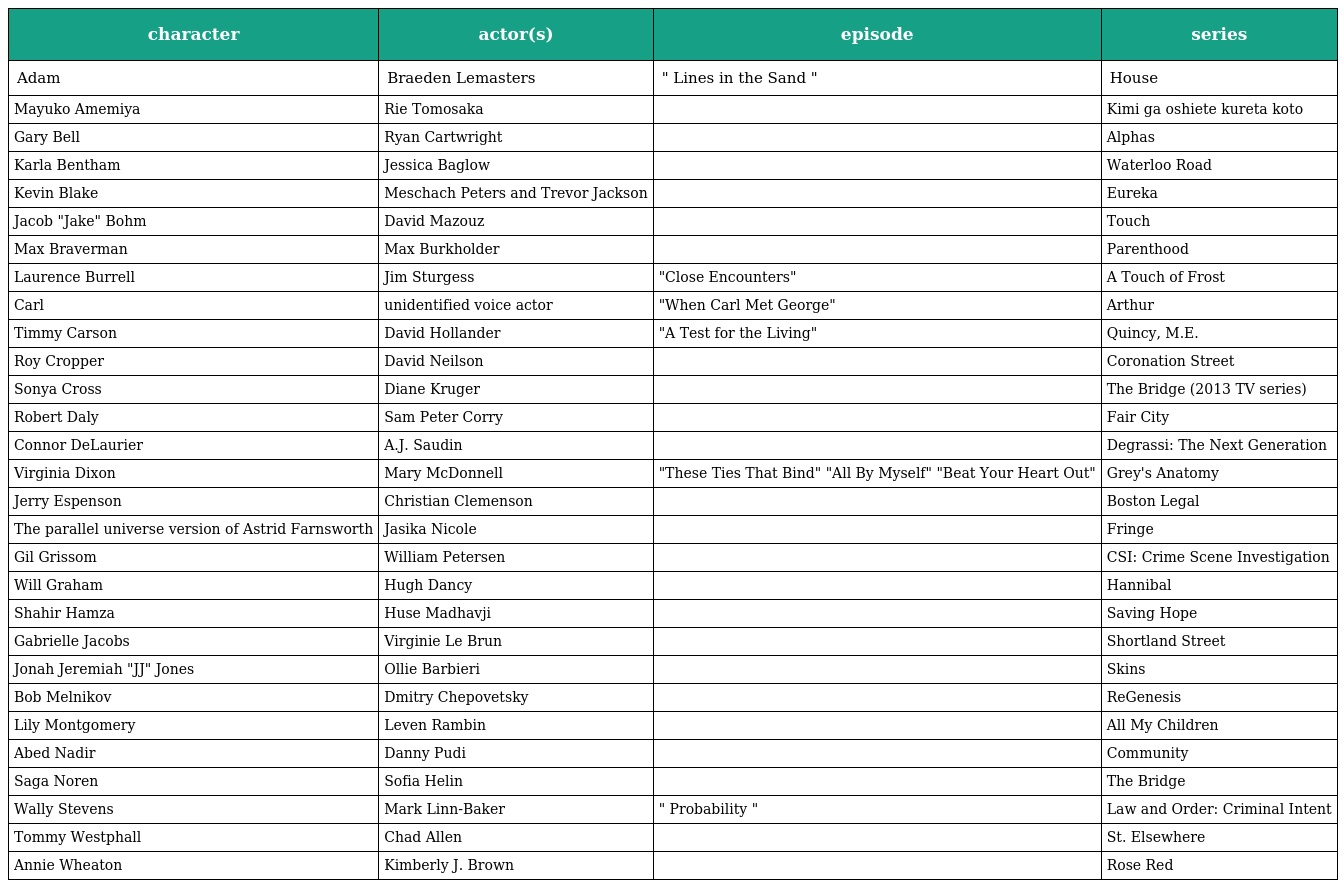
| character | actor(s) | episode | series |
 | --- | --- | --- | --- |
 | Adam | Braeden Lemasters | " Lines in the Sand " | House |
 | Mayuko Amemiya | Rie Tomosaka |  | Kimi ga oshiete kureta koto |
 | Gary Bell | Ryan Cartwright |  | Alphas |
 | Karla Bentham | Jessica Baglow |  | Waterloo Road |
 | Kevin Blake | Meschach Peters and Trevor Jackson |  | Eureka |
 | Jacob "Jake" Bohm | David Mazouz |  | Touch |
 | Max Braverman | Max Burkholder |  | Parenthood |
 | Laurence Burrell | Jim Sturgess | "Close Encounters" | A Touch of Frost |
 | Carl | unidentified voice actor | "When Carl Met George" | Arthur |
 | Timmy Carson | David Hollander | "A Test for the Living" | Quincy, M.E. |
 | Roy Cropper | David Neilson |  | Coronation Street |
 | Sonya Cross | Diane Kruger |  | The Bridge (2013 TV series) |
 | Robert Daly | Sam Peter Corry |  | Fair City |
 | Connor DeLaurier | A.J. Saudin |  | Degrassi: The Next Generation |
 | Virginia Dixon | Mary McDonnell | "These Ties That Bind" "All By Myself" "Beat Your Heart Out" | Grey's Anatomy |
 | Jerry Espenson | Christian Clemenson |  | Boston Legal |
 | The parallel universe version of Astrid Farnsworth | Jasika Nicole |  | Fringe |
 | Gil Grissom | William Petersen |  | CSI: Crime Scene Investigation |
 | Will Graham | Hugh Dancy |  | Hannibal |
 | Shahir Hamza | Huse Madhavji |  | Saving Hope |
 | Gabrielle Jacobs | Virginie Le Brun |  | Shortland Street |
 | Jonah Jeremiah "JJ" Jones | Ollie Barbieri |  | Skins |
 | Bob Melnikov | Dmitry Chepovetsky |  | ReGenesis |
 | Lily Montgomery | Leven Rambin |  | All My Children |
 | Abed Nadir | Danny Pudi |  | Community |
 | Saga Noren | Sofia Helin |  | The Bridge |
 | Wally Stevens | Mark Linn-Baker | " Probability " | Law and Order: Criminal Intent |
 | Tommy Westphall | Chad Allen |  | St. Elsewhere |
 | Annie Wheaton | Kimberly J. Brown |  | Rose Red |